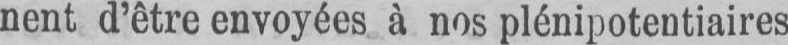
nent d’être envoyées à nos plénipotentiaires